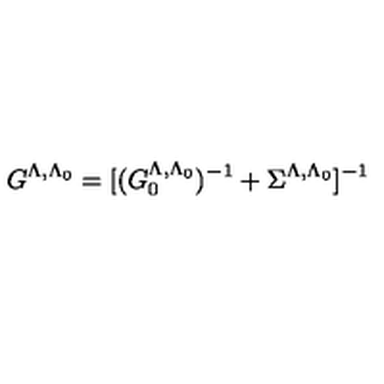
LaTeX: G ^ { \Lambda , \Lambda _ { 0 } } = [ ( G _ { 0 } ^ { \Lambda , \Lambda _ { 0 } } ) ^ { - 1 } + \Sigma ^ { \Lambda , \Lambda _ { 0 } } ] ^ { - 1 }